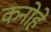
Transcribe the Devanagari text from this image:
कनोहे